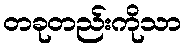
တခုတည်းကိုသာ